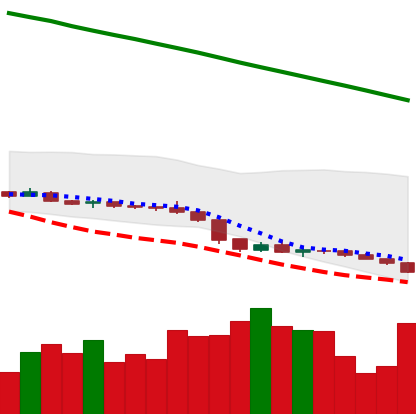
Ticker: XLM-USD
Chart end date: 2019-02-06
Forward return: 4.313%
Label: up_3_5